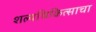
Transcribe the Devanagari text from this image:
शल्यचिकित्साचा